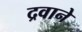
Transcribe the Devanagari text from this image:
द्रवाने